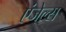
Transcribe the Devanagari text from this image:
एंजेल्‍स